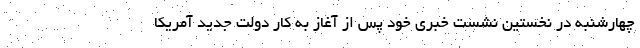
چهارشنبه در نخستین نشست خبری خود پس از آغاز به کار دولت جدید آمریکا